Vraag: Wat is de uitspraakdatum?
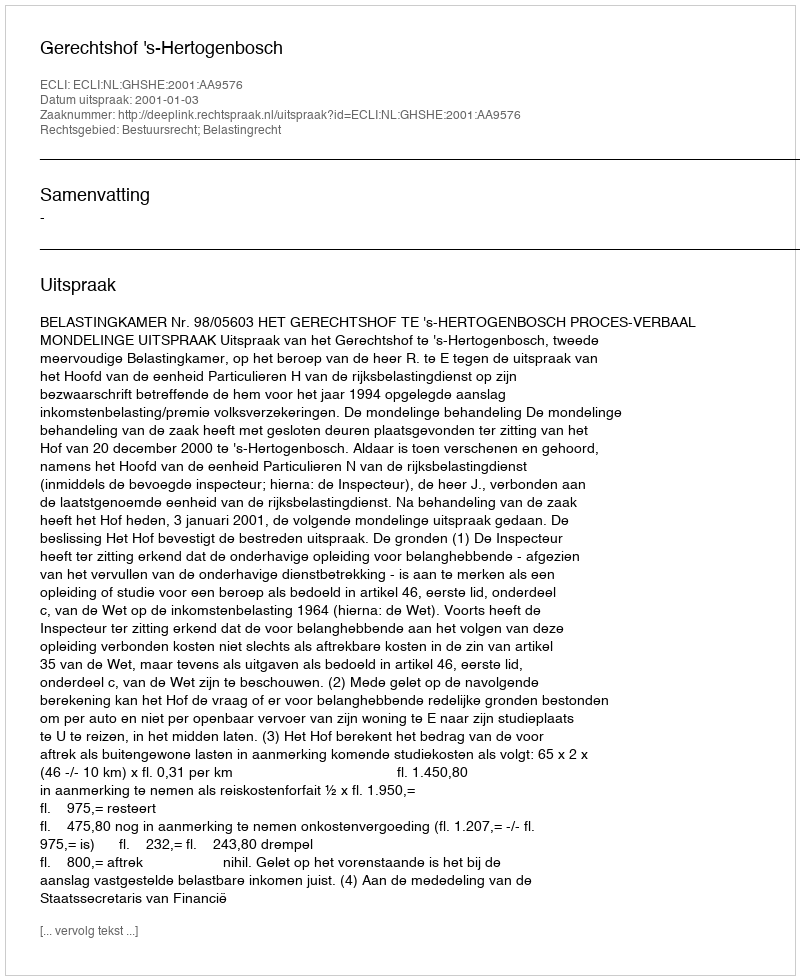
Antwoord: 2001-01-03